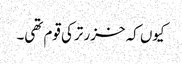
کیوں کہ خزر ترکی قوم تھی۔